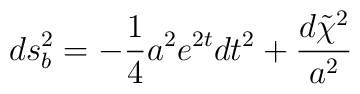
ds_{b}^{2}=-\frac{1}{4}a^{2}e^{2t}dt^{2}+\frac{d\tilde{\chi}^{2}}{a^{2}}